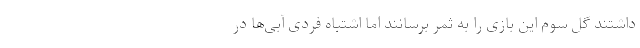
داشتند گل سوم این بازی را به ثمر برسانند اما اشتباه فردی آبی‌ها در